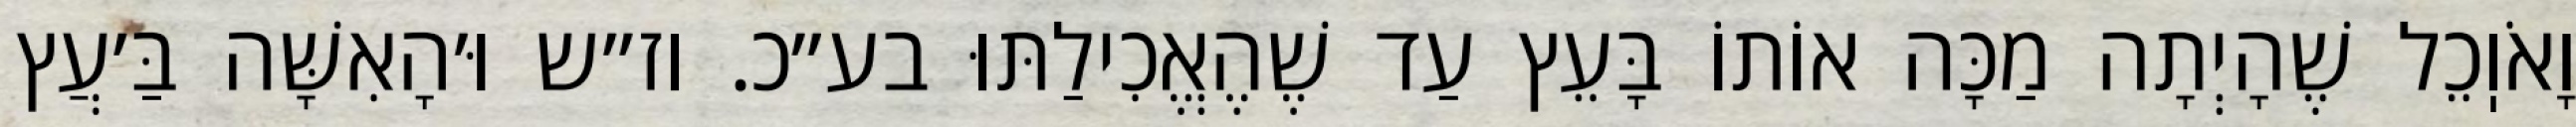
וָאֹוֽכֵל שֶׁהָיְתָה מַכָּה אוֹתוֹ בָּעֵץ עַד שֶׁהֶאֱכִילַתּוּ בע״כ. וז״ש וּ׳הָאִשָּׁה בַּ׳עֲץ